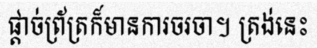
ផ្តាច់ព្រ័ត្រក៏មានការចរចា។ ត្រង់នេះ